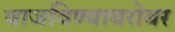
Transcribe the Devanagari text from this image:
वाजविण्याबरोबर